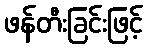
ဖန်တီးခြင်းဖြင့်